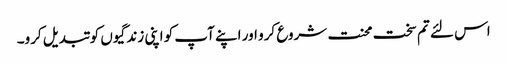
اس لئے تم سخت محنت شروع کرو اور اپنے آپ کو اپنی زندگیوں کو تبدیل کرو۔